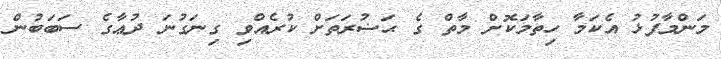
މަންމާފުޅު އެކަމާ ހިތާމަކޮށް މާތް ގެ ޙަޟުރަތަށް ކުރެއްވި ގިނަގުނަ ދުޢާގެ ސަބަބުން